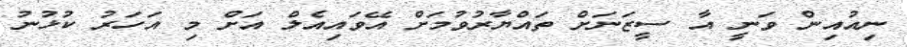
ނިއުއިން ވަނީ އާ ސީޒަނަށް ތައްޔާރުވުމަށް އޭވައިއެލް އަށް މި އަހަރު ކުޅުނު